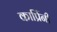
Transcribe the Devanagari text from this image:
कार्प्रिनी